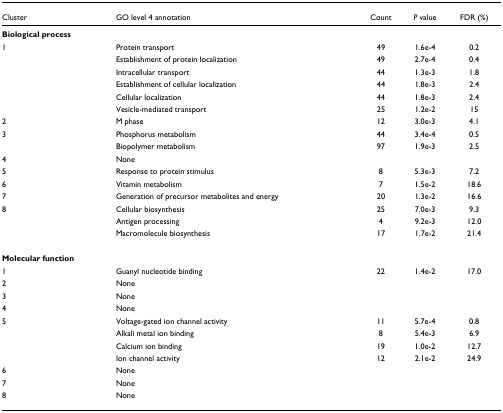
<table><thead><tr><td><b>Cluster</b></td><td><b>GO level 4 annotation</b></td><td><b>Count</b></td><td><b><i>P </i>value</b></td><td><b>FDR (%)</b></td></tr></thead><tbody><tr><td><b>Biological process</b></td><td></td><td></td><td></td><td></td></tr><tr><td>1</td><td>Protein transport</td><td>49</td><td>1.6e-4</td><td>0.2</td></tr><tr><td></td><td>Establishment of protein localization</td><td>49</td><td>2.7e-4</td><td>0.4</td></tr><tr><td></td><td>Intracellular transport</td><td>44</td><td>1.3e-3</td><td>1.8</td></tr><tr><td></td><td>Establishment of cellular localization</td><td>44</td><td>1.8e-3</td><td>2.4</td></tr><tr><td></td><td>Cellular localization</td><td>44</td><td>1.8e-3</td><td>2.4</td></tr><tr><td></td><td>Vesicle-mediated transport</td><td>25</td><td>1.2e-2</td><td>15</td></tr><tr><td>2</td><td>M phase</td><td>12</td><td>3.0e-3</td><td>4.1</td></tr><tr><td>3</td><td>Phosphorus metabolism</td><td>44</td><td>3.4e-4</td><td>0.5</td></tr><tr><td></td><td>Biopolymer metabolism</td><td>97</td><td>1.9e-3</td><td>2.5</td></tr><tr><td>4</td><td>None</td><td></td><td></td><td></td></tr><tr><td>5</td><td>Response to protein stimulus</td><td>8</td><td>5.3e-3</td><td>7.2</td></tr><tr><td>6</td><td>Vitamin metabolism</td><td>7</td><td>1.5e-2</td><td>18.6</td></tr><tr><td>7</td><td>Generation of precursor metabolites and energy</td><td>20</td><td>1.3e-2</td><td>16.6</td></tr><tr><td>8</td><td>Cellular biosynthesis</td><td>25</td><td>7.0e-3</td><td>9.3</td></tr><tr><td></td><td>Antigen processing</td><td>4</td><td>9.2e-3</td><td>12.0</td></tr><tr><td></td><td>Macromolecule biosynthesis</td><td>17</td><td>1.7e-2</td><td>21.4</td></tr><tr><td><b>Molecular function</b></td><td></td><td></td><td></td><td></td></tr><tr><td>1</td><td>Guanyl nucleotide binding</td><td>22</td><td>1.4e-2</td><td>17.0</td></tr><tr><td>2</td><td>None</td><td></td><td></td><td></td></tr><tr><td>3</td><td>None</td><td></td><td></td><td></td></tr><tr><td>4</td><td>None</td><td></td><td></td><td></td></tr><tr><td>5</td><td>Voltage-gated ion channel activity</td><td>11</td><td>5.7e-4</td><td>0.8</td></tr><tr><td></td><td>Alkali metal ion binding</td><td>8</td><td>5.4e-3</td><td>6.9</td></tr><tr><td></td><td>Calcium ion binding</td><td>19</td><td>1.0e-2</td><td>12.7</td></tr><tr><td></td><td>Ion channel activity</td><td>12</td><td>2.1e-2</td><td>24.9</td></tr><tr><td>6</td><td>None</td><td></td><td></td><td></td></tr><tr><td>7</td><td>None</td><td></td><td></td><td></td></tr><tr><td>8</td><td>None</td><td></td><td></td><td></td></tr></tbody></table>